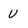
Character: V